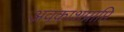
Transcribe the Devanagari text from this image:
अवकाशप्राप्ति